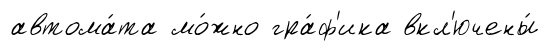
автома́та мо́жно гра́ф'ика вкл'ючены́